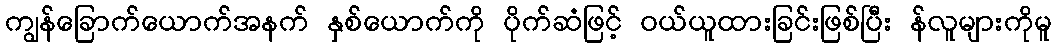
ကျွန်ခြောက်ယောက်အနက် နှစ်ယောက်ကို ပိုက်ဆံဖြင့် ဝယ်ယူထားခြင်းဖြစ်ပြီး န်လူများကိုမူ